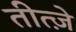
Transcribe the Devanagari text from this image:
तीत्ज़े